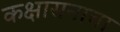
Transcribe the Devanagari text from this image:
कक्षासनाचा